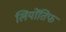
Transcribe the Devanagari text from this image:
लियोंतिफ